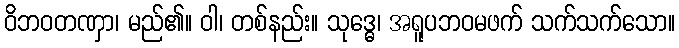
ဝိဘဝတဏှာ၊ မည်၏။ ဝါ၊ တစ်နည်း။ သုဒ္ဓေ၊ အရူပဘဝမဖက် သက်သက်သော။